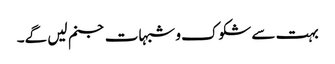
بہت سے شکوک و شبہات جنم لیں گے۔